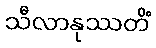
သီလာနုဿတိံ